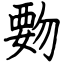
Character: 覅